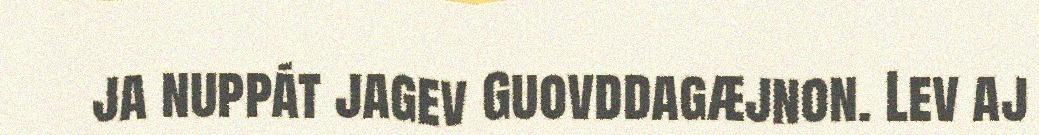
ja nuppát jagev Guovddagæjnon. Lev aj